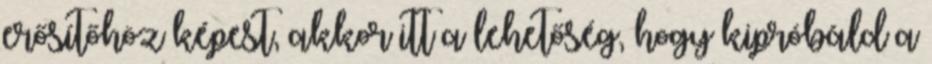
erősítőhöz képest, akkor itt a lehetőség, hogy kipróbáld a